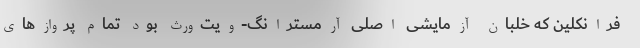
فرانکلین که خلبان آزمایشی اصلی آرمسترانگ-ویت‌ورث بود تمام پروازهای